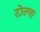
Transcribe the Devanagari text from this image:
टोल्या